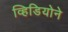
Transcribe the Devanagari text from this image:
व्हिडियोने